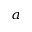
^ { a }